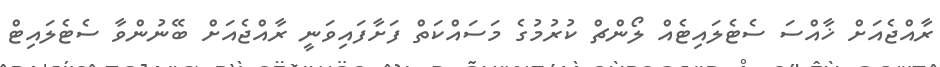
ރާއްޖެއަށް ޚާއްސަ ސެޓެލައިޓެއް ލޯންޗް ކުރުމުގެ މަސައްކަތް ފަށާފައިވަނީ ރާއްޖެއަށް ބޭނުންވާ ސެޓެލައިޓް